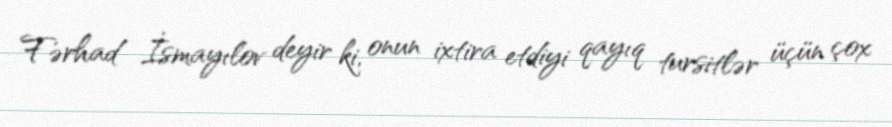
Fərhad İsmayılov deyir ki, onun ixtira etdiyi qayıq tursitlər üçün çox